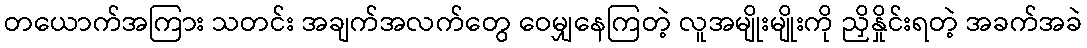
တယောက်အကြား သတင်း အချက်အလက်တွေ ဝေမျှနေကြတဲ့ လူအမျိုးမျိုးကို ညှိနှိုင်းရတဲ့ အခက်အခဲ